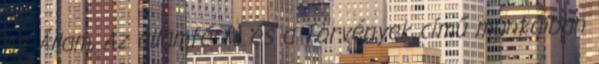
Az Állam, Az államférfi, és a Törvények című munkáiban